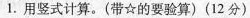
1.用竖式计算。(带☆的要验算)(12分)